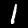
Digit: 1